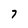
Character: 7